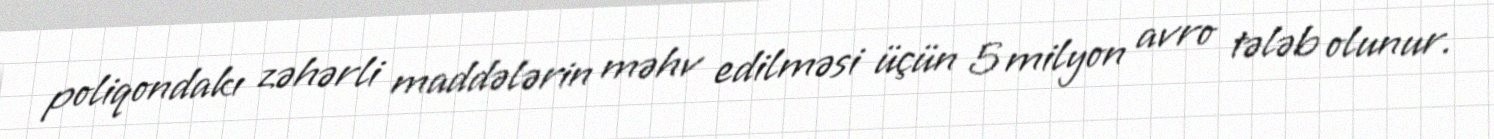
poliqondakı zəhərli maddələrin məhv edilməsi üçün 5 milyon avro tələb olunur.